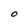
Character: O